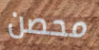
محصن